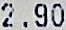
2.90